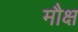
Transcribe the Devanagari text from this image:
मौक्ष